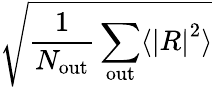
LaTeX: \sqrt{\frac{1}{N_{\mathrm{out}}}\sum_{\mathrm{out}}\langle\left|R\right|^{2}\rangle}